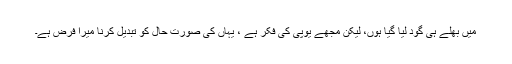
میں بھلے ہی گود لیا گیا ہوں، لیکن مجھے یوپی کی فکر ہے ، یہاں کی صورت حال کو تبدیل کرنا میرا فرض ہے۔